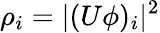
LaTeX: \rho_{i}=|(U\phi)_{i}|^{2}